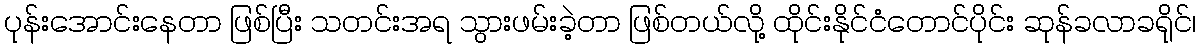
ပုန်းအောင်းနေတာ ဖြစ်ပြီး သတင်းအရ သွားဖမ်းခဲ့တာ ဖြစ်တယ်လို့ ထိုင်းနိုင်ငံတောင်ပိုင်း ဆုန်ခလာခရိုင်၊